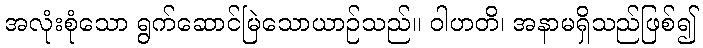
အလုံးစုံသော ရွက်ဆောင်မြဲသောယာဉ်သည်။ ဝါဟတိ၊ အနာမရှိသည်ဖြစ်၍